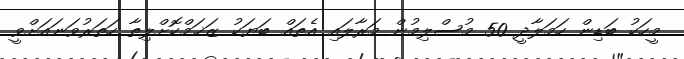
މީހަކު ބަޑިން ހަމަލާދީ 50 މުސްލިމުން މަރާލައި އެތައް ބަޔަކު ޒަޚަމްކޮށްލިތާ ހަތަރުވަނައަށްވީ